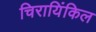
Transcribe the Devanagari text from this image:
चिरायिंकिल